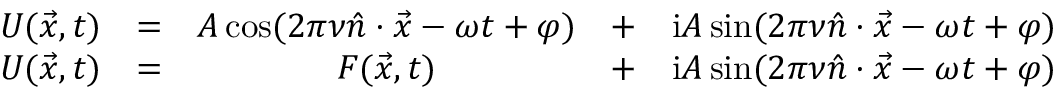
{ \begin{array} { r c c c c } { U ( { \vec { x } } , t ) } & { = } & { A \cos ( 2 \pi \nu { \hat { n } } \cdot { \vec { x } } - \omega t + \varphi ) } & { + } & { \mathrm { i } A \sin ( 2 \pi \nu { \hat { n } } \cdot { \vec { x } } - \omega t + \varphi ) } \\ { U ( { \vec { x } } , t ) } & { = } & { F ( { \vec { x } } , t ) } & { + } & { \mathrm { i } A \sin ( 2 \pi \nu { \hat { n } } \cdot { \vec { x } } - \omega t + \varphi ) } \end{array} }